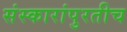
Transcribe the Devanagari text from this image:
संस्कारांपुरतीच